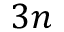
3 n